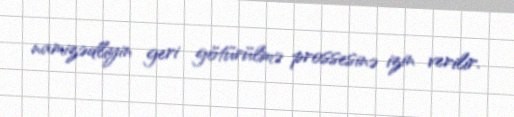
namizədliyin geri götürülmə prossesinə izin verilir.